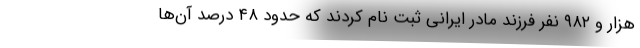
هزار و ۹۸۲ نفر فرزند مادر ایرانی ثبت نام کردند که حدود ۴۸ درصد آن‌ها